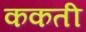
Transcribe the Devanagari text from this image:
ककती